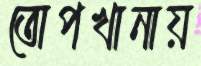
তোপখানায়